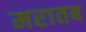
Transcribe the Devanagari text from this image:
मरातब